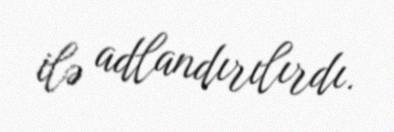
ilə adlandırılırdı.